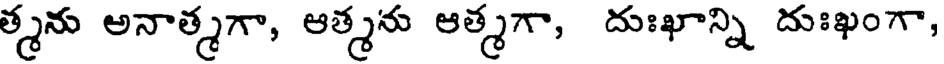
త్మను అనాత్మగా, ఆత్మను ఆత్మగా, దుఃఖాన్ని దుఃఖంగా,